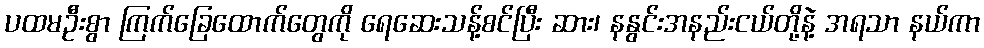
ပထမဦးစွာ ကြက်ခြေထောက်တွေကို ရေဆေးသန့်စင်ပြီး ဆား၊ နနွင်းအနည်းငယ်တို့နဲ့ အရသာ နယ်ကာ